Indian journal of veterinary science and animal husbandry - Volume 9,
Year: 1939
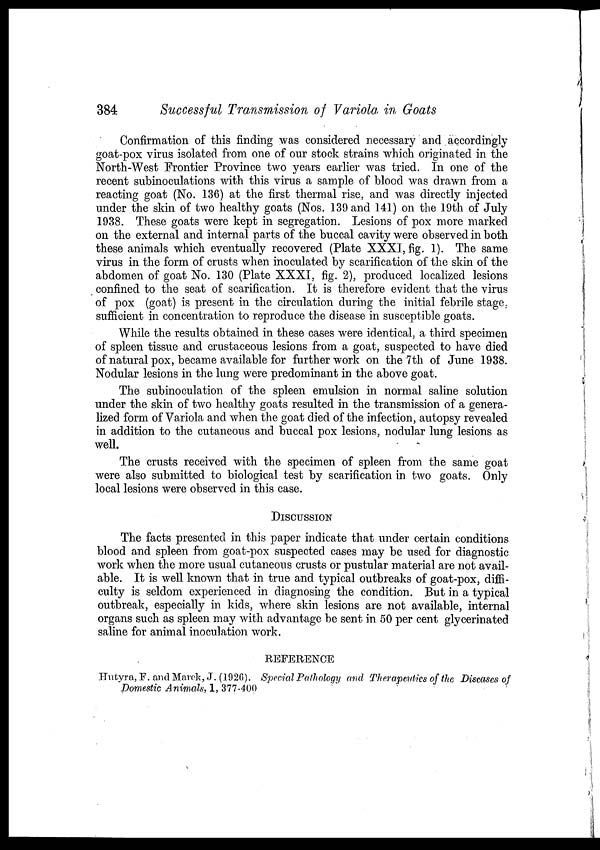
384
Successful Transmission of Variola in Goats
Confirmation of this finding was considered necessary and accordingly
goat-pox virus isolated from one of our stock strains which originated in the
North-West Frontier Province two years earlier was tried. In one of the
recent subinoculations with this virus a sample of blood was drawn from a
reacting goat (No. 136) at the first thermal rise, and was directly injected
under the skin of two healthy goats (Nos. 139 and 141) on the 19th of July
1938. These goats were kept in segregation. Lesions of pox more marked
on the external and internal parts of the buccal cavity were observed in both
these animals which eventually recovered (Plate XXXI, fig. 1). The same
virus in the form of crusts when inoculated by scarification of the skin of the
abdomen of goat No. 130 (Plate XXXI, fig. 2), produced localized lesions
confined to the seat of scarification. It is therefore evident that the virus
of pox (goat) is present in the circulation during the initial febrile stage,
sufficient in concentration to reproduce the disease in susceptible goats.
While the results obtained in these cases were identical, a third specimen
of spleen tissue and crustaceous lesions from a goat, suspected to have died
of natural pox, became available for further work on the 7th of June 1938.
Nodular lesions in the lung were predominant in the above goat.
The subinoculation of the spleen emulsion in normal saline solution
under the skin of two healthy goats resulted in the transmission of a genera-
lized form of Variola and when the goat died of the infection, autopsy revealed
in addition to the cutaneous and buccal pox lesions, nodular lung lesions as
well.
The crusts received with the specimen of spleen from the same goat
were also submitted to biological test by scarification in two goats. Only
local lesions were observed in this case.
DISCUSSION
The facts presented in this paper indicate that under certain conditions
blood and spleen from goat-pox suspected cases may be used for diagnostic
work when the more usual cutaneous crusts or pustular material are not avail-
able. It is well known that in true and typical outbreaks of goat-pox, diffi-
culty is seldom experienced in diagnosing the condition. But in a typical
outbreak, especially in kids, where skin lesions are not available, internal
organs such as spleen may with advantage be sent in 50 per cent glycerinated
saline for animal inoculation work.
REFERENCE
Hutyra, F. and Marek, J. (1926). Special Pathology and Therapeutics of the Diseases of
Domestic Animals, 1, 377-400